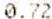
0.72